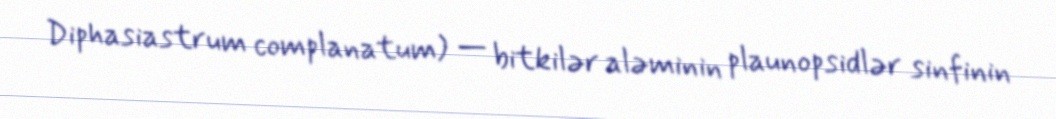
Diphasiastrum complanatum) — bitkilər aləminin plaunopsidlər sinfinin